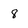
Character: 8